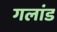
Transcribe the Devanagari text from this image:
गलांड